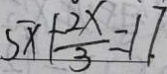
5 x + \frac { 2 x } { 3 } = 1 7 .